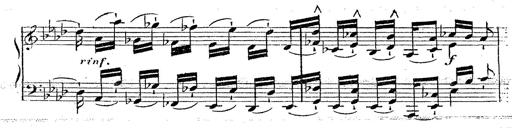
Title: 12 Lieder von Franz Schubert
Composer: Franz Liszt